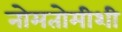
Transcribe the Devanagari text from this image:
नोमतोमीशी